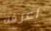
اعرفه